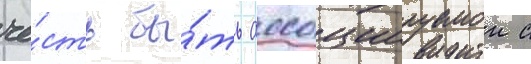
че́сть бы́ть ассоциируемои с